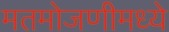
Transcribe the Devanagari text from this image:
मतमोजणीमध्ये